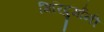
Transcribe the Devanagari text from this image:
गिरिदुर्गांनी